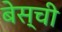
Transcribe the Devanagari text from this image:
बेस्ची